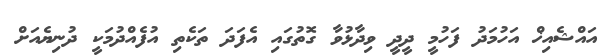
އައްޝެއިޚް އަހުމަދު ފަހުމީ ދީދީ ވިދާޅުވާ ގޮތުގައި އެފަދަ ތަކެތި އުފެއްދުމަކީ ދުނިޔެއަށް